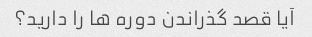
آیا قصد گذراندن دوره ها را دارید؟